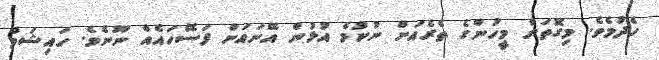
ހެދުމެވެ. މިގޮތަށް މީހުންގެ ތެރެއަށް ނުކުމެ އުޅުން އޭނައަށް ފަސޭހައެއް ނޫނެވެ. ހައިޝަމް